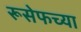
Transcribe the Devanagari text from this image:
रूसेफच्या